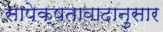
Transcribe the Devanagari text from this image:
सापेक्षतावादानुसार